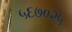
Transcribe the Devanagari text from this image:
५६७०२५